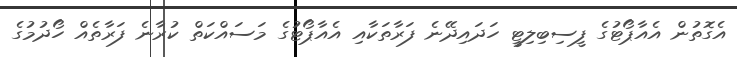
އެގޮތުން އެއާޕޯޓުގެ ފީސިބިލިޓީ ހަދައިދޭނެ ފަރާތަކާއި އެއާޕޯޓުގެ މަސައްކަތް ކުރާނެ ފަރާތެއް ހޯދުމުގެ